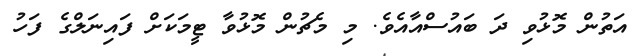
އަތުން މޮޅުވި ދަ ބައުސްއާއެވެ. މި މެޗުން މޮޅުވާ ޓީމަކަށް ފައިނަލްގެ ފަހު